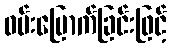
ဝမ်းမြောက်ခြင်းဖြင့်